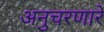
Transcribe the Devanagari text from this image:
अनुचरणारे